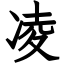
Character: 凌